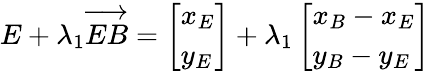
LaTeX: E+\lambda_{1}\overrightarrow{EB}=\left[\begin{array}{l}{x_{E}}\\ {y_{E}}\end{array}\right]+\lambda_{1}\left[\begin{array}{l}{x_{B}-x_{E}}\\ {y_{B}-y_{E}}\end{array}\right]